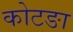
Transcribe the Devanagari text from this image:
कोटङा